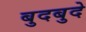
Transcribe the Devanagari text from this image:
बुदबुदे